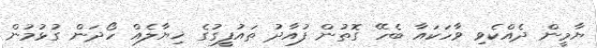
ޔާމީން ދެއްކެވި ވާހަކައާ ބެހޭ ގޮތުން ފުއާދު ތައުފީގުގެ ޚިޔާލެއް ހޯދަން ގުޅުމުން